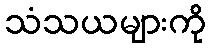
သံသယများကို